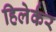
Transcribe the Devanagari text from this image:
हिलेर्कर